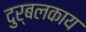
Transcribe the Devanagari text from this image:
दुर्बलकाय